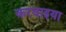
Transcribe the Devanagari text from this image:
करवाइया